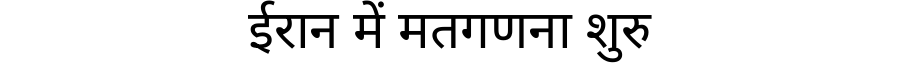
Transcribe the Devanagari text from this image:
ईरान में मतगणना शुरु